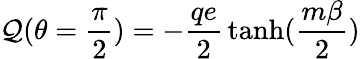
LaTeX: \mathcal{Q}(\theta=\frac{{\pi}}{{2}})=-\frac{{qe}}{{2}}\, \operatorname{tanh}(\frac{{m\beta}}{{2}})